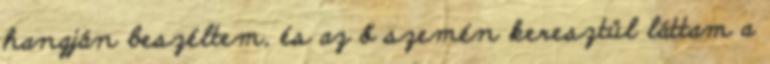
hangján beszéltem, és az ő szemén keresztül láttam a